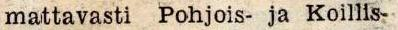
mattavasti Pohjois- ja Koillis-